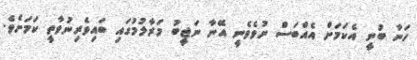
ހަނާ ބުނީ އެކަމަށް އެއްބަސް ނުވެވެނީ އޭނާ ނަޖީބު މަރާލުމުގައި ބައިވެރިނުވާތީ ކަމަށެވެ.